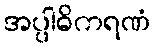
အပ္ပါဓိကရဏံ